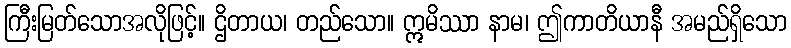
ကြီးမြတ်သောအလိုဖြင့်။ ဌိတာယ၊ တည်သော။ ဣမိဿာ နာမ၊ ဤကာတိယာနီ အမည်ရှိသော